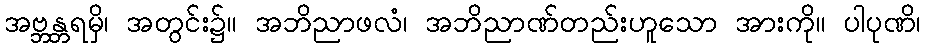
အဗ္ဘန္တရမှိ၊ အတွင်း၌။ အဘိညာဖလံ၊ အဘိညာဏ်တည်းဟူသော အားကို။ ပါပုဏိ၊